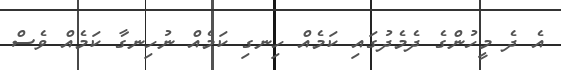
އެ ދެ މީހުންގެ ދެމެދުގައި ކަމެއް ހިނގި ކަމެއް ނުހިނގާ ކަމެއް ވެސް